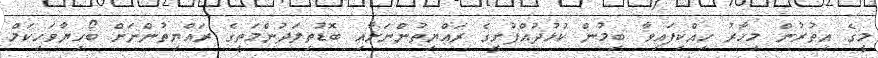
މީގެ އިތުރުން މިހާރު ހިއްކިފައިވާ ބިމުން ކުޅުދުއްފުށީގެ ރައްޔިތުންނަށާއި ބޮޑުތިލަދުންމަތީގެ ރައްޔިތުންނަށް ބޯހިޔާވަހިކަމް